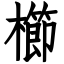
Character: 櫛